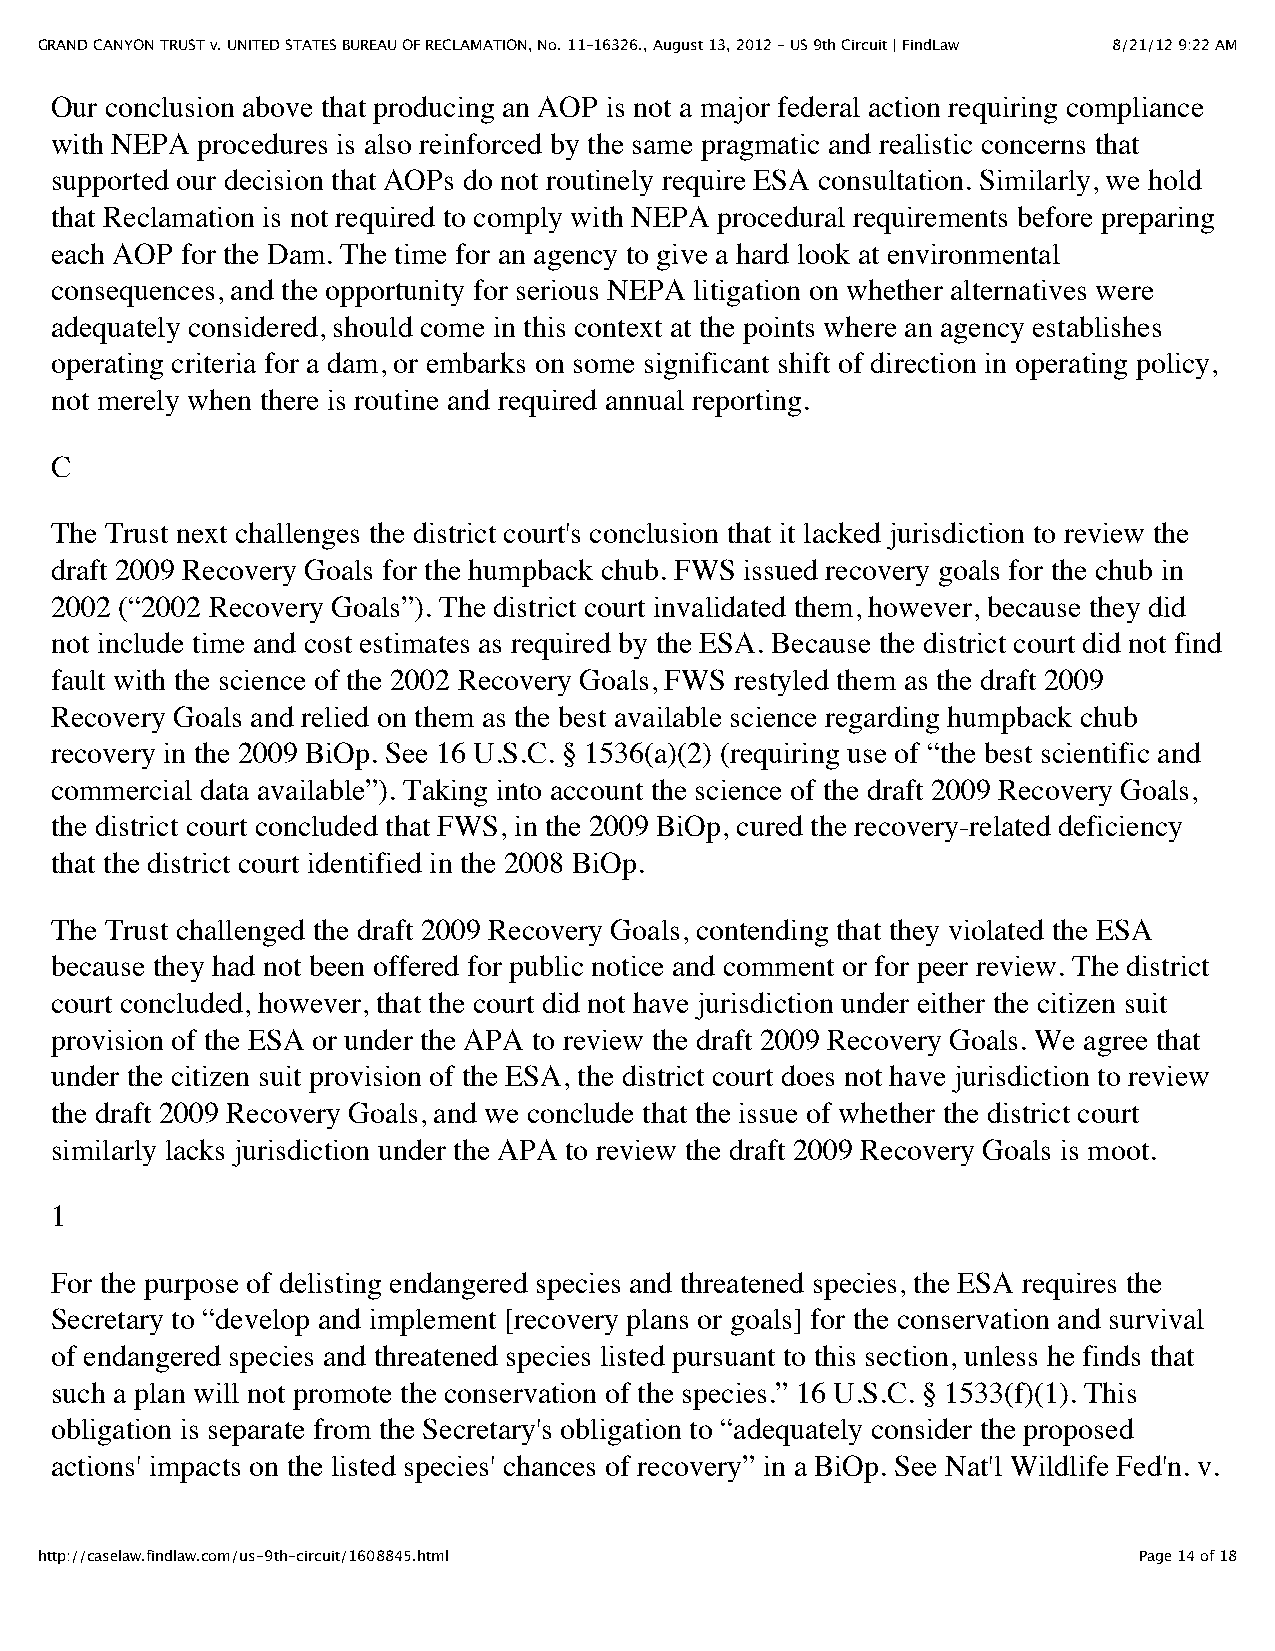
GRAND CANYON TRUST v. UNITED STATES BUREAU OF RECLAMATION, No. 11–16326., August 13, 2012 - US 9th Circuit | FindLaw 8/21/12 9:22 AM
 Our conclusion above that producing an AOP is not a major federal action requiring compliance
 with NEPA procedures is also reinforced by the same pragmatic and realistic concerns that
 supported our decision that AOPs do not routinely require ESA consultation. Similarly, we hold
 that Reclamation is not required to comply with NEPA procedural requirements before preparing
 each AOP for the Dam. The time for an agency to give a hard look at environmental
 consequences, and the opportunity for serious NEPA litigation on whether alternatives were
 adequately considered, should come in this context at the points where an agency establishes
 operating criteria for a dam, or embarks on some significant shift of direction in operating policy,
 not merely when there is routine and required annual reporting.
 C
 The Trust next challenges the district court's conclusion that it lacked jurisdiction to review the
 draft 2009 Recovery Goals for the humpback chub. FWS issued recovery goals for the chub in
 2002 (“2002 Recovery Goals”). The district court invalidated them, however, because they did
 not include time and cost estimates as required by the ESA. Because the district court did not find
 fault with the science of the 2002 Recovery Goals, FWS restyled them as the draft 2009
 Recovery Goals and relied on them as the best available science regarding humpback chub
 recovery in the 2009 BiOp. See 16 U.S.C. § 1536(a)(2) (requiring use of “the best scientific and
 commercial data available”). Taking into account the science of the draft 2009 Recovery Goals,
 the district court concluded that FWS, in the 2009 BiOp, cured the recovery-related deficiency
 that the district court identified in the 2008 BiOp.
 The Trust challenged the draft 2009 Recovery Goals, contending that they violated the ESA
 because they had not been offered for public notice and comment or for peer review. The district
 court concluded, however, that the court did not have jurisdiction under either the citizen suit
 provision of the ESA or under the APA to review the draft 2009 Recovery Goals. We agree that
 under the citizen suit provision of the ESA, the district court does not have jurisdiction to review
 the draft 2009 Recovery Goals, and we conclude that the issue of whether the district court
 similarly lacks jurisdiction under the APA to review the draft 2009 Recovery Goals is moot.
 1
 For the purpose of delisting endangered species and threatened species, the ESA requires the
 Secretary to “develop and implement [recovery plans or goals] for the conservation and survival
 of endangered species and threatened species listed pursuant to this section, unless he finds that
 such a plan will not promote the conservation of the species.” 16 U.S.C. § 1533(f)(1). This
 obligation is separate from the Secretary's obligation to “adequately consider the proposed
 actions' impacts on the listed species' chances of recovery” in a BiOp. See Nat'l Wildlife Fed'n. v.
 http://caselaw.findlaw.com/us-9th-circuit/1608845.html                   Page 14 of 18